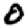
Digit: 0